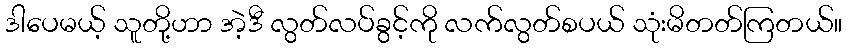
ဒါပေမယ့် သူတို့ဟာ အဲ့ဒီ လွတ်လပ်ခွင့်ကို လက်လွတ်စပယ် သုံးမိတတ်ကြတယ်။